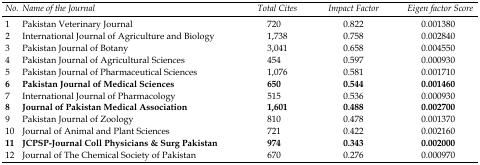
| No. | Name of the Journal | Total Cites | Impact Factor | Eigen factor Score |
 | --- | --- | --- | --- | --- |
 | 1 | Pakistan Veterinary Journal | 720 | 0.822 | 0.001380 |
 | 2 | International Journal of Agriculture and Biology | 1,738 | 0.758 | 0.002840 |
 | 3 | Pakistan Journal of Botany | 3,041 | 0.658 | 0.004550 |
 | 4 | Pakistan Journal of Agricultural Sciences | 454 | 0.597 | 0.000930 |
 | 5 | Pakistan Journal of Pharmaceutical Sciences | 1,076 | 0.581 | 0.001710 |
 | 6 | Pakistan Journal of Medical Sciences | 650 | 0.544 | 0.001460 |
 | 7 | International Journal of Pharmacology | 515 | 0.536 | 0.000930 |
 | 8 | Journal of Pakistan Medical Association | 1,601 | 0.488 | 0.002700 |
 | 9 | Pakistan Journal of Zoology | 810 | 0.478 | 0.001370 |
 | 10 | Journal of Animal and Plant Sciences | 721 | 0.422 | 0.002160 |
 | 11 | JCPSP-Journal Coll Physicians & Surg Pakistan | 974 | 0.343 | 0.002000 |
 | 12 | Journal of The Chemical Society of Pakistan | 670 | 0.276 | 0.000970 |